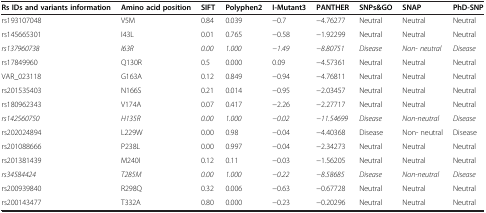
<table><thead><tr><td><b>Rs IDs and variants information</b></td><td><b>Amino acid position</b></td><td><b>SIFT</b></td><td><b>Polyphen2</b></td><td><b>I-Mutant3</b></td><td><b>PANTHER</b></td><td><b>SNPs&amp;GO</b></td><td><b>SNAP</b></td><td><b>PhD-SNP</b></td></tr></thead><tbody><tr><td>rs193107048</td><td>V5M</td><td>0.84</td><td>0.039</td><td>−0.7</td><td>−4.76277</td><td>Neutral</td><td>Neutral</td><td>Neutral</td></tr><tr><td>rs145665301</td><td>I43L</td><td>0.01</td><td>0.765</td><td>−0.58</td><td>−1.92299</td><td>Neutral</td><td>Neutral</td><td>Neutral</td></tr><tr><td><i>rs137960738</i></td><td><i>I63R</i></td><td><i>0.00</i></td><td><i>1.000</i></td><td><i>−1.49</i></td><td><i>−8.80751</i></td><td><i>Disease</i></td><td><i>Non- neutral</i></td><td><i>Disease</i></td></tr><tr><td>rs17849960</td><td>Q130R</td><td>0.5</td><td>0.000</td><td>0.09</td><td>−4.57361</td><td>Neutral</td><td>Neutral</td><td>Neutral</td></tr><tr><td>VAR_023118</td><td>G163A</td><td>0.12</td><td>0.849</td><td>−0.94</td><td>−4.76811</td><td>Neutral</td><td>Neutral</td><td>Neutral</td></tr><tr><td>rs201535403</td><td>N166S</td><td>0.21</td><td>0.014</td><td>−0.95</td><td>−2.03457</td><td>Neutral</td><td>Neutral</td><td>Neutral</td></tr><tr><td>rs180962343</td><td>V174A</td><td>0.07</td><td>0.417</td><td>−2.26</td><td>−2.27717</td><td>Neutral</td><td>Neutral</td><td>Neutral</td></tr><tr><td><i>rs142560750</i></td><td><i>H135R</i></td><td><i>0.00</i></td><td><i>1.000</i></td><td><i>−0.02</i></td><td><i>−11.54699</i></td><td><i>Disease</i></td><td><i>Non-neutral</i></td><td><i>Disease</i></td></tr><tr><td>rs202024894</td><td>L229W</td><td>0.00</td><td>0.98</td><td>−0.04</td><td>−4.40368</td><td>Disease</td><td>Non- neutral</td><td>Disease</td></tr><tr><td>rs201088666</td><td>P238L</td><td>0.00</td><td>0.997</td><td>−0.04</td><td>−2.34273</td><td>Neutral</td><td>Neutral</td><td>Neutral</td></tr><tr><td>rs201381439</td><td>M240I</td><td>0.12</td><td>0.11</td><td>−0.03</td><td>−1.56205</td><td>Neutral</td><td>Neutral</td><td>Neutral</td></tr><tr><td><i>rs34584424</i></td><td><i>T285M</i></td><td><i>0.00</i></td><td><i>1.000</i></td><td><i>−0.22</i></td><td><i>−8.58685</i></td><td><i>Disease</i></td><td><i>Non-neutral</i></td><td><i>Disease</i></td></tr><tr><td>rs200939840</td><td>R298Q</td><td>0.32</td><td>0.006</td><td>−0.63</td><td>−0.67728</td><td>Neutral</td><td>Neutral</td><td>Neutral</td></tr><tr><td>rs200143477</td><td>T332A</td><td>0.80</td><td>0.000</td><td>−0.23</td><td>−0.20296</td><td>Neutral</td><td>Neutral</td><td>Neutral</td></tr></tbody></table>